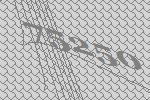
75250